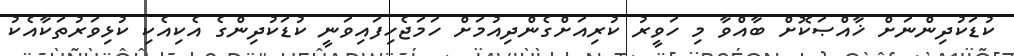
ކުޑަކުދިންނަށް ޚާއްޞަކޮށް ބާއްވާ މި ހަވީރު ކުރިއަށްގެންދިއުމަށް ހަމަޖެހިފައިވަނީ ކުޑަކުދިންގެ އެކިއެކި ކުޅިވަރުތަކާއެކު